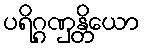
ပရိဂ္ဂဏှန္တိယော